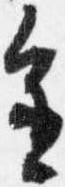
進